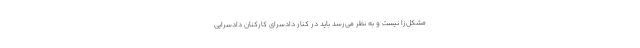
مشکل‌زا نیست و به نظر می‌رسد باید در کنار دادسرای کارکنان دادسرایی